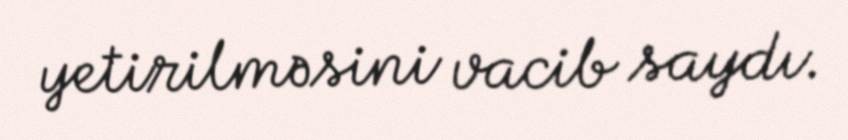
yetirilməsini vacib saydı.